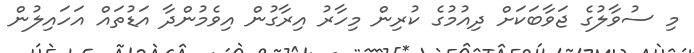
މި ސުވާލުގެ ޖަވާބަކަށް ދިއުމުގެ ކުރިން މިހާރު އިރާގުން އިވެމުންދާ އަޑުތައް އަހައިލުން